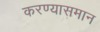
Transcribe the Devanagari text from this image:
करण्यासमान